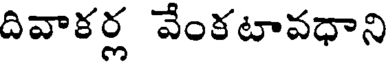
దివాకర్ల వేంకటావధాని